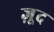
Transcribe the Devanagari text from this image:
ज़ूद